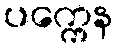
ပက္ကေန